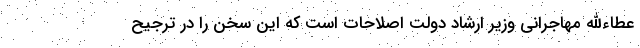
عطاءالله مهاجرانی وزیر ارشاد دولت اصلاحات است که این سخن را در ترجیح